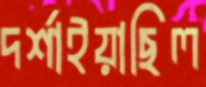
দর্শাইয়াছিল